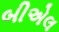
બીએલ